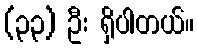
(၃၃) ဦး ရှိပါတယ်။